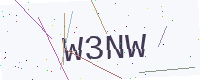
Text: W3NW